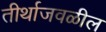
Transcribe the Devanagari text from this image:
तीर्थाजवळील